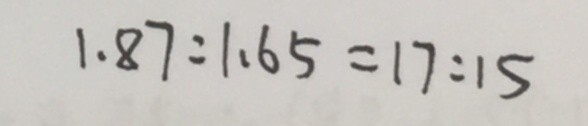
1 . 8 7 : 1 . 6 5 = 1 7 : 1 5